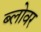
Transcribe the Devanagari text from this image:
ब्लोवर